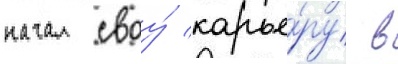
начал своу́ карье́ру в